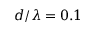
d / \lambda = 0 . 1